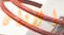
الاوان